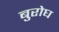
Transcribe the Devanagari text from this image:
बुरोघ